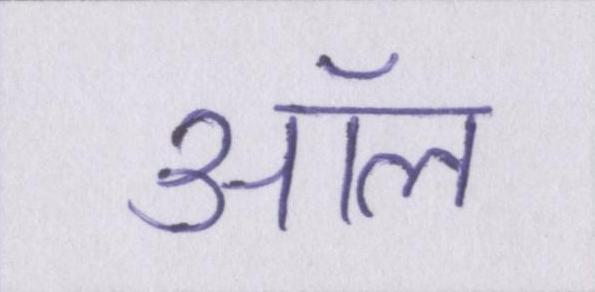
ऑल